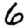
Digit: 6